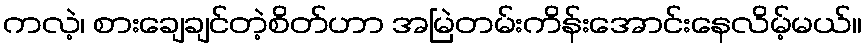
ကလဲ့၊ စားချေချင်တဲ့စိတ်ဟာ အမြဲတမ်းကိန်းအောင်းနေလိမ့်မယ်။